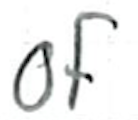
Text: of
Cross-out: clean
Writing tool: ballpoint